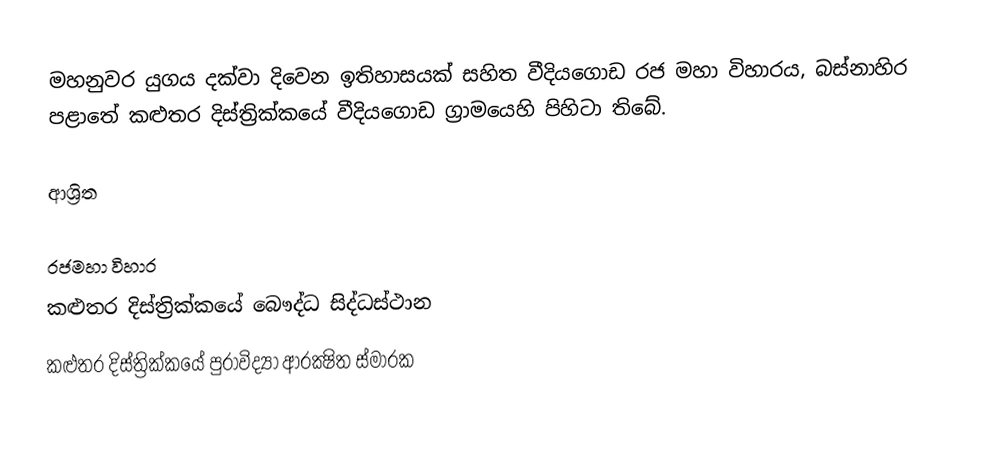
මහනුවර යුගය දක්වා දිවෙන ඉතිහාසයක් සහිත වීදියගොඩ රජ මහා විහාරය, බස්නාහිර පළාතේ කළුතර දිස්ත්‍රික්කයේ වීදියගොඩ ග්‍රාමයෙහි පිහිටා තිබේ.

ආශ්‍රිත

රජමහා විහාර
කළුතර දිස්ත්‍රික්කයේ බෞද්ධ සිද්ධස්ථාන
කළුතර දිස්ත්‍රික්කයේ පුරාවිද්‍යා ආරක්‍ෂිත ස්මාරක